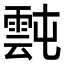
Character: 霕